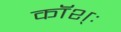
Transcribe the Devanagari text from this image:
कॉश्ः